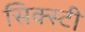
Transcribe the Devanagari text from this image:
सिक्स्टी